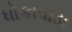
ધોકાવાડા